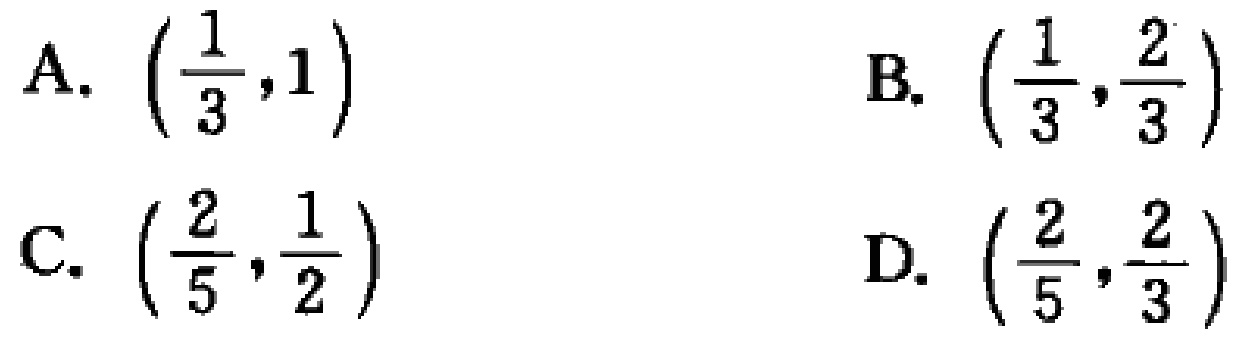
A. $\left(\frac{1}{3},1\right)$
B. $\left(\frac{1}{3},\frac{2}{3}\right)$
C. $\left(\frac{2}{5},\frac{1}{2}\right)$
D. $\left(\frac{2}{5},\frac{2}{3}\right)$